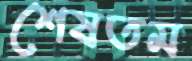
শেষতম